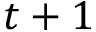
t + 1